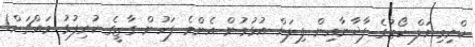
ކްރިމިނަލް ކޯޓުގެ ފާޚާނާއިން ފިލަން އުޅުމުން އެންމެ ފަހުން ގާޒީގެ ކުރިފުޅު މައްޗަށް!